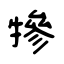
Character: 犙